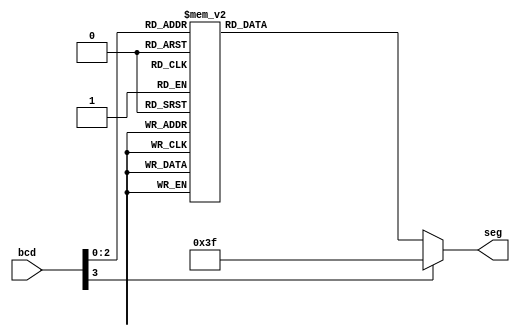
module bcdto7segment(bcd,seg);

   input [3:0]bcd;
   output reg  [6:0]seg;
	
	always @(bcd)
	 begin
	   case(bcd)
		0: seg=6'b000001;
		1: seg=6'b000011;	
		2: seg=6'b000111;
		3: seg=6'b010001;
		4: seg=6'b110001;
		5: seg=6'b011001;
		6: seg=6'b001101;
		7: seg=6'b010101;
		
	default : seg=6'b111111;
	endcase
	end
	endmodule